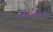
થાપાસ